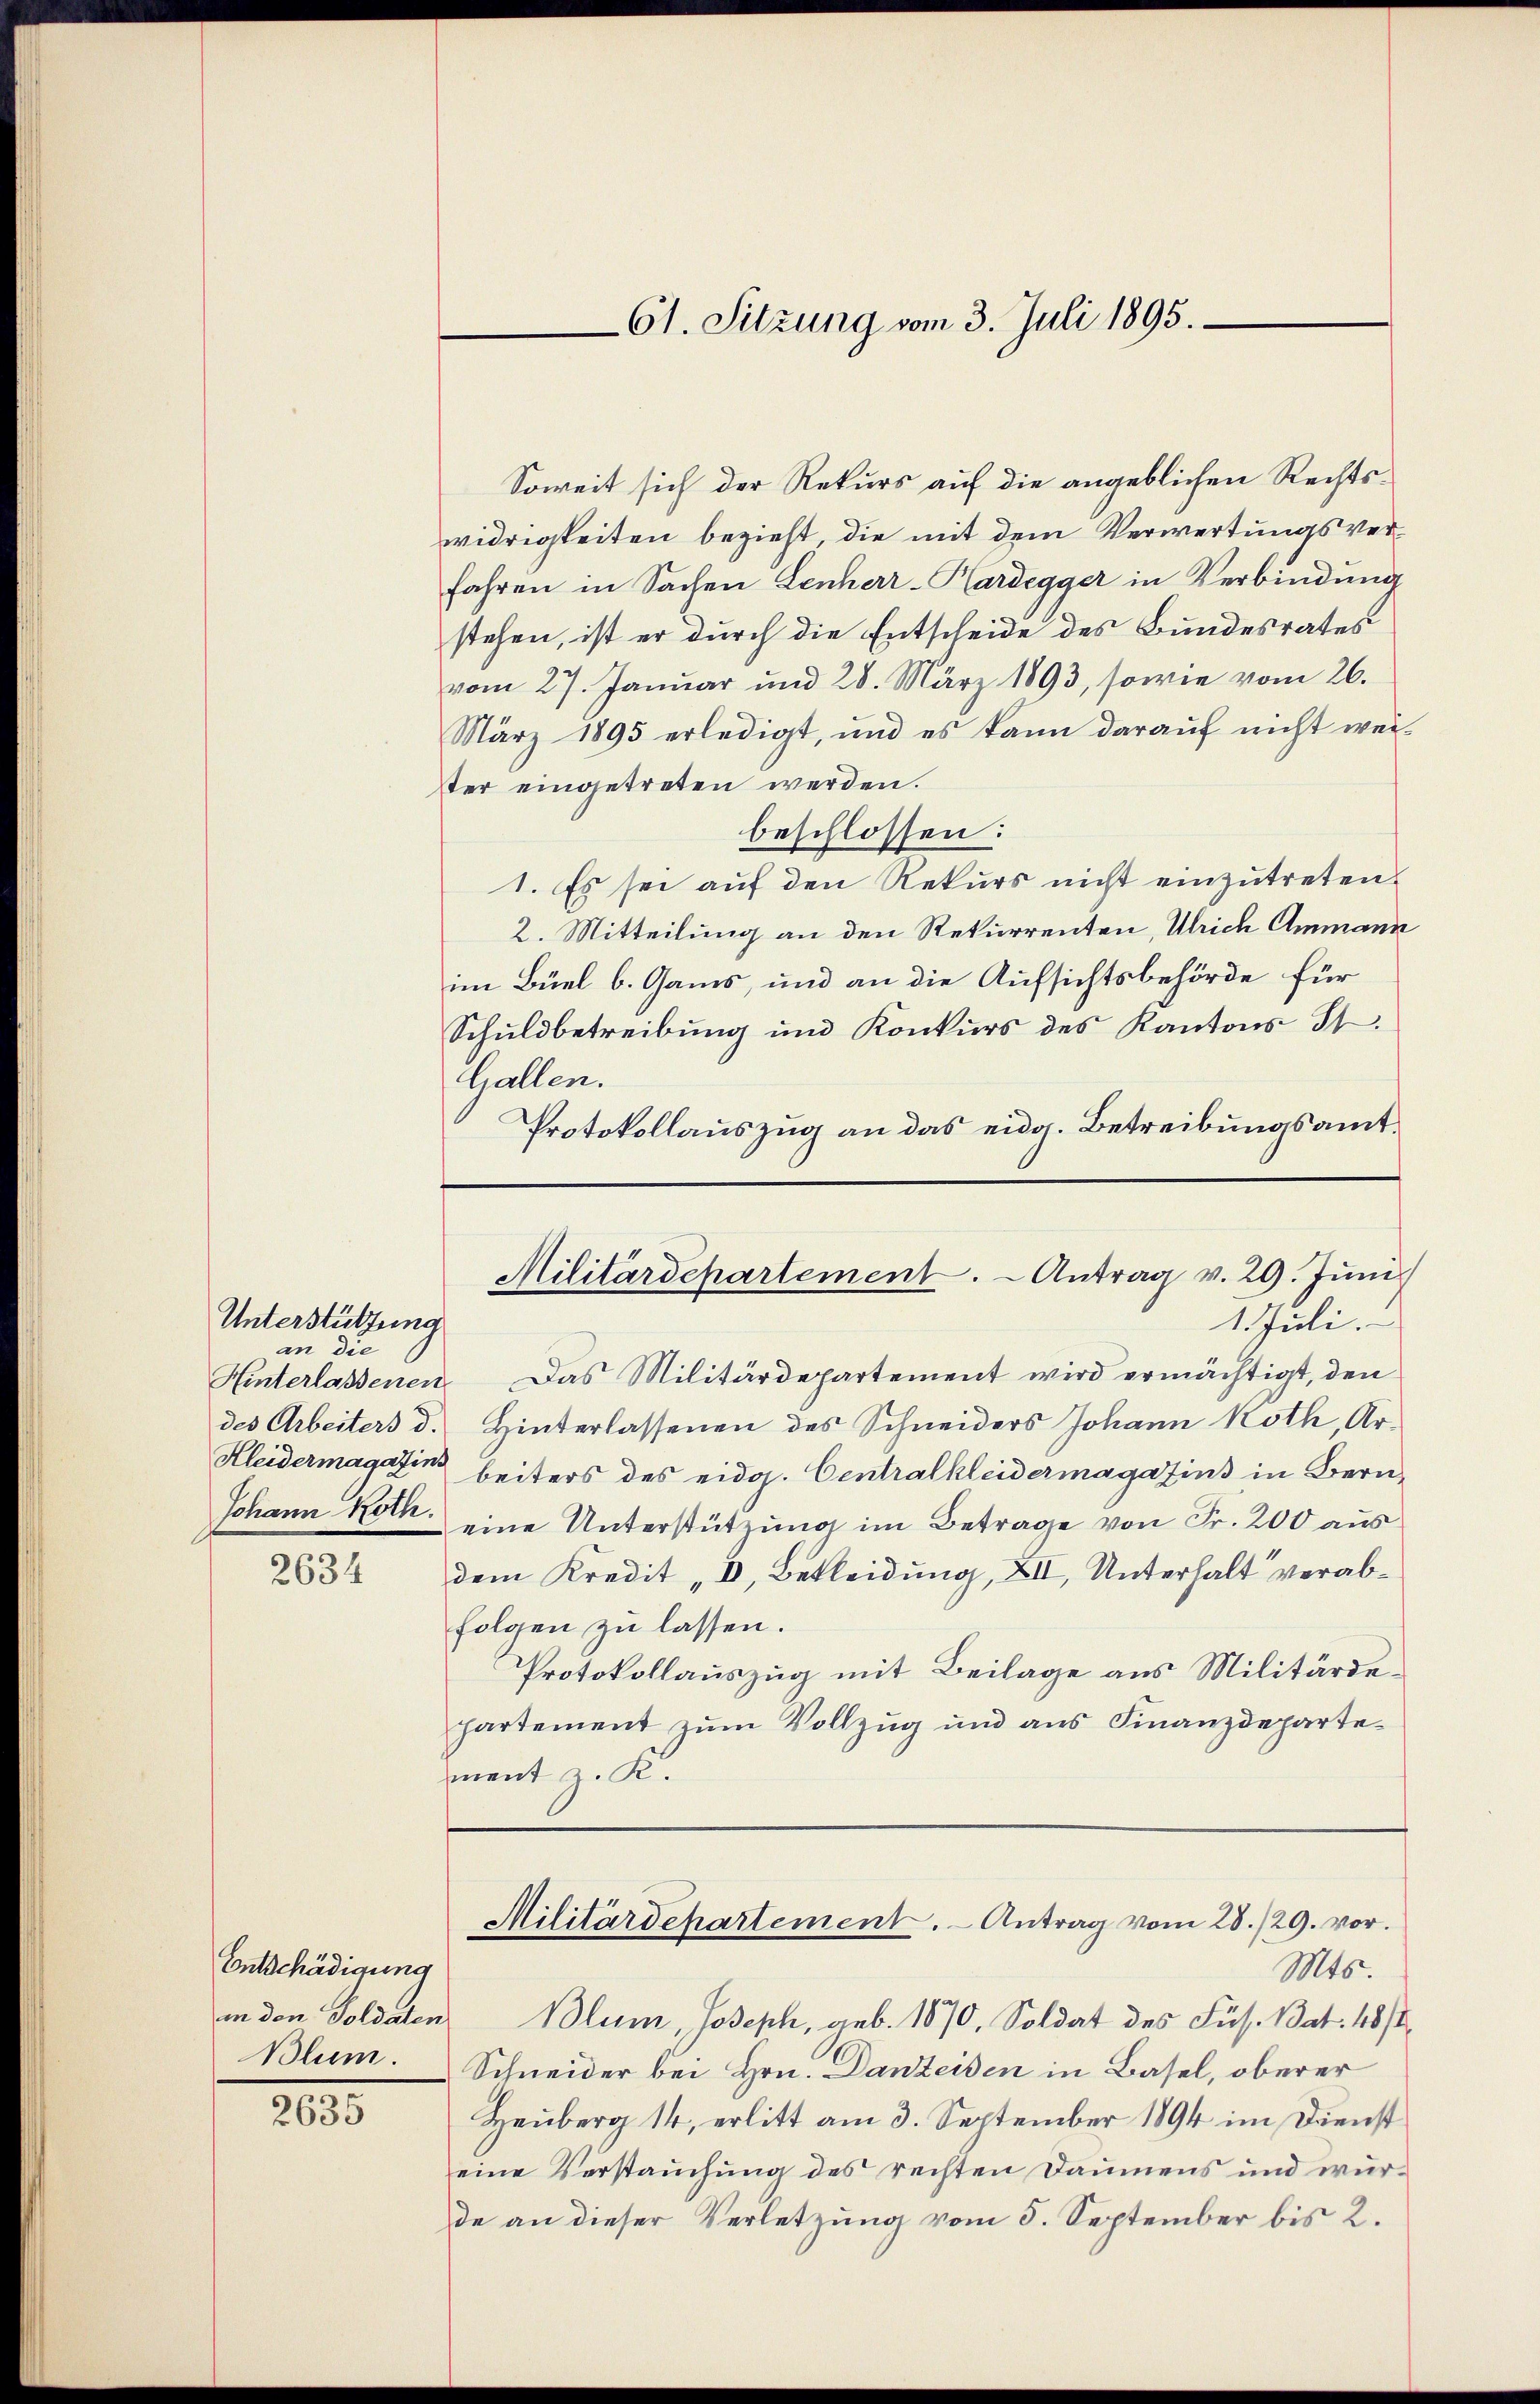
Unterstützung
an die
Hinterlassenen
Johann Roth.

2634

Entschädigung
Blum.

2635

61. Sitzung vom 3. Juli 1895.

Soweit sich der Rekurs auf die angeblichen Rechtswidrigkeiten bezieht die mit dem Verwertungsverfahren in Sachen Lenherr-Kardegger in Verbindung
stehen, ist er durch die Entscheide des Bundesrates
vom 27. Januar und 28. März 1893, sowie vom 26.
März 1895 erledigt, und es kann darauf nicht weiter eingetreten werden.
beschlossen:
1. Es sei auf den Rekurs nicht einzutreten.
2. Mitteilung an den Rekurrenten, Ulrich Ammann
im Büel b. Gams, und an die Aufsichtsbehörde für
Schuldbetreibung und Konkurs des Kantons St.
Gallen.
Protokollauszug an das eidg. Betreibungsamt¬
1. Juli.
Das Militärdepartement wird ermächtigt, den
des Arbeiters d. Hinterlassenen des Schneiders Johann Koth, Ar¬
Kleidermagazin beiters des eidg. Centralkleidermagazins in Berneine Unterstützung im Betrage von Fr. 200 aus
dem Kredit „V, Bekleidung, XII, Unterhalt verabfolgen zu lassen.
Protokollauszug mit Beilage aus Militärdehartement zum Vollzug und aus Finanzdepartement z. K.
Militärdepartement. Antrag vom 28./29. vor.
Mts.
in den Soldaten Blum, Joseph, geb. 1870, Soldat des Fuss. Bat. 48/
Schneider bei Hrn. Danteisen in Basel, oberer
Heuberg 14, erlitt am 3. September 1894 im Dienst
eine Verstauchung des rechten Daumens und wurde an dieser Verletzung vom 5. September bis 2.

Militärdepartement. Antrag v. 29. Jŭni